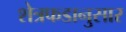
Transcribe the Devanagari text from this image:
शेत्रफडानुसार